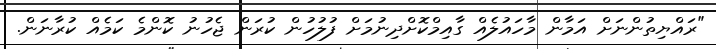
"ރައްޔިތުންނަށް އަމާން މާހައުލެއް ގާއިމްކޮށްދިނުމަށް ފުލުހުން ކުރަން ޖެހުނު ކޮންމެ ކަމެއް ކުރާނަން.